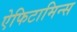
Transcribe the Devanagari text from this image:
ऐफिटामिन्स